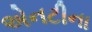
એનટીના